Vaccination in the Punjab 1867-1880 - 1867-1880
Year: 1867
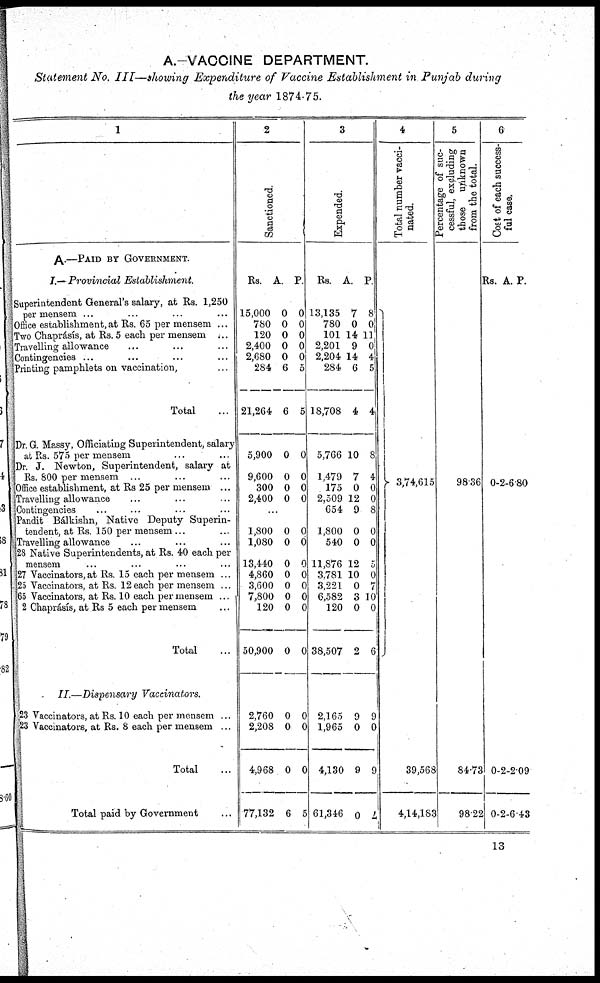
A.—VACCINE DEPARTMENT.
Statement No. III—showing Expenditure of Vaccine Establishment in Punjab during
the year 1874-75.
1
A.—PAID BY GOVERNMENT.
I.— Provincial
Establishment
Superintendent General's salary, at Rs. 1,250
per mensem ... ... ... ...
Office establishment, at Rs. 65 per mensem ...
Two Chaprásís, at Rs. 5 each per mensem ...
Travelling allowance ... ... ...
Contingencies ... ... ... ...
Printing pamphlets on vaccination, ...
Total ...
Dr. G. Massy, Officiating Superintendent, salary
at Rs. 575 per mensem ... ...
Dr. J. Newton, Superintendent, salary at
Rs. 800 per mensem ... ... ...
Office establishment, at Rs 25 per mensem ...
Travelling allowance ... ... ...
Contingencies ... ... ... ...
Pandit Bálkishn, Native Deputy Superin-
tendent, at Rs. 150 per mensem ... ...
Travelling allowance ... ... ...
28 Native Superintendents, at Rs. 40 each per
mensem ... ... ... ...
27 Vaccinators, at Rs. 15 each per mensem ...
25 Vaccinators, at Rs. 12 each per mensem ...
65 Vaccinators, at Rs. 10 each per mensem ...
2 Chaprásís, at Rs 5 each per mensem ...
Total ...
II.—Dispensary
Vaccinators.
23 Vaccinators, at Rs. 10 each per mensem ...
23 Vaccinators, at Rs. 8 each per mensem ...
Total ...
Total paid by Government ...
2
Sanctioned.
Rs.
15,000
780
120
2,400
2,680
284
21,264
5,900
9,600
300
2,400
A.
0
0
0
0
0
6
6
0
0
0
0
P.
0
0
0
0
0
5
5
0
0
0
0
...
1,800
1,080
13,440
4,860
3,600
7,800
120
50,900
2,760
2,208
4,968
77,132
0
0
0
0
0
0
0
0
0
0
0
6
0
0
0
0
0
0
0
0
0
0
0
5
3
Expended.
Rs.
13,135
780
101
2,201
2,204
284
18,708
5,766
1,479
175
2,509
654
1,800
540
11,876
3,781
3,221
6,582
120
38,507
2,165
1,965
4,130
61,346
A.
7
0
14
9
14
6
4
10
7
0
12
9
0
0
12
10
0
3
0
2
0
0
9
0
P.
8
0
11
0
4
5
4
8
4
0
0
8
0
0
5
0
7
10
0
6
9
0
9
2
4
Total number vacci-
nated.
3,74,615
39,568
4,14,183
5
Percentage of suc-
cessful, excluding
those unknown
from the total.
9836
84.73
98.22
6
Cost of e a c h s uc c e s s -
--l case.
Rs.
0
0
0
A.
2
2
2
P.
6.80
2.09
6.43
13